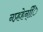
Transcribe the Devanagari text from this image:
नप्र्हहेन्िि